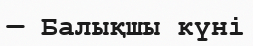
— Балықшы күні